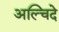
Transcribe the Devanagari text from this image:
अल्चिदे